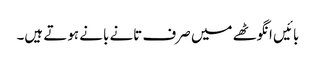
بائیں انگوٹھے میں صرف تانے بانے ہوتے ہیں۔